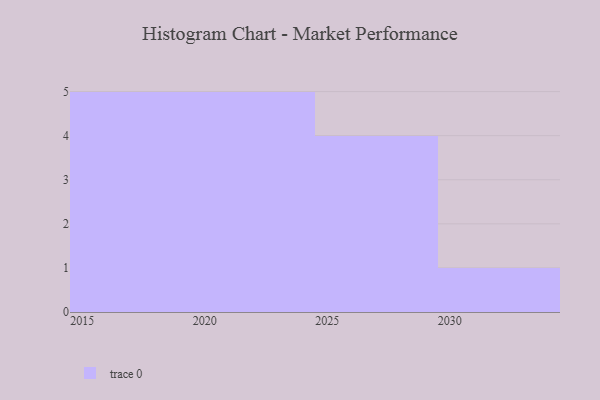
{"axis": {"x": "Year", "y": "LTV (USD)"}, "legend": [""], "data": [{"x": "2028", "y": 75, "type": ""}, {"x": "2023", "y": 5, "type": ""}, {"x": "2019", "y": 9, "type": ""}, {"x": "2025", "y": 43, "type": ""}, {"x": "2015", "y": 22, "type": ""}, {"x": "2016", "y": 3, "type": ""}, {"x": "2021", "y": 91, "type": ""}, {"x": "2017", "y": 10, "type": ""}, {"x": "2020", "y": 16, "type": ""}, {"x": "2026", "y": 29, "type": ""}, {"x": "2024", "y": 30, "type": ""}, {"x": "2030", "y": 23, "type": ""}, {"x": "2029", "y": 18, "type": ""}, {"x": "2018", "y": 95, "type": ""}, {"x": "2022", "y": 86, "type": ""}]}